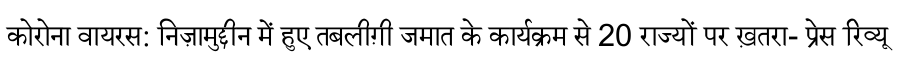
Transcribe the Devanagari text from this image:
कोरोना वायरस: निज़ामुद्दीन में हुए तबलीग़ी जमात के कार्यक्रम से 20 राज्यों पर ख़तरा- प्रेस रिव्यू